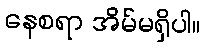
နေစရာ အိမ်မရှိပါ။